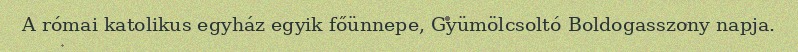
A római katolikus egyház egyik főünnepe, Gyümölcsoltó Boldogasszony napja.